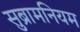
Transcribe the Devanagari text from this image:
सुब्रामनियम